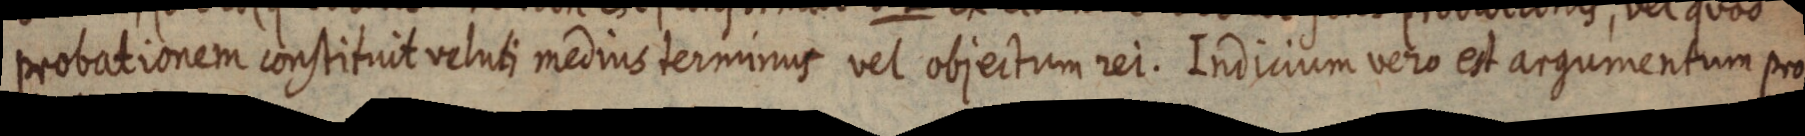
probationem constituit veluti medius terminus vel objectum rei. Indicium vero et argumentum pro